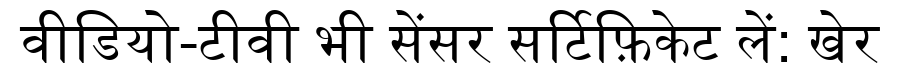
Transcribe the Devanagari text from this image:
वीडियो-टीवी भी सेंसर सर्टिफ़िकेट लें: खेर